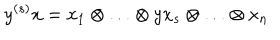
y ^ { ( s ) } x = x _ { 1 } \otimes \ldots \otimes y x _ { s } \otimes \ldots \otimes x _ { n }